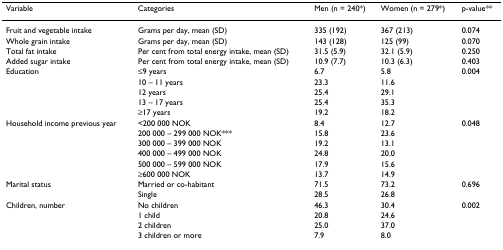
<table><thead><tr><td><b>Variable</b></td><td><b>Categories</b></td><td><b>Men (n = 240*)</b></td><td><b>Women (n = 279*)</b></td><td><b>p-value**</b></td></tr></thead><tbody><tr><td>Fruit and vegetable intake</td><td>Grams per day, mean (SD)</td><td>335 (192)</td><td>367 (213)</td><td>0.074</td></tr><tr><td>Whole grain intake</td><td>Grams per day, mean (SD)</td><td>143 (128)</td><td>125 (99)</td><td>0.070</td></tr><tr><td>Total fat intake</td><td>Per cent from total energy intake, mean (SD)</td><td>31.5 (5.9)</td><td>32.1 (5.9)</td><td>0.250</td></tr><tr><td>Added sugar intake</td><td>Per cent from total energy intake, mean (SD)</td><td>10.9 (7.7)</td><td>10.3 (6.3)</td><td>0.403</td></tr><tr><td>Education</td><td>≤9 years</td><td>6.7</td><td>5.8</td><td>0.004</td></tr><tr><td></td><td>10 – 11 years</td><td>23.3</td><td>11.6</td><td></td></tr><tr><td></td><td>12 years</td><td>25.4</td><td>29.1</td><td></td></tr><tr><td></td><td>13 – 17 years</td><td>25.4</td><td>35.3</td><td></td></tr><tr><td></td><td>≥17 years</td><td>19.2</td><td>18.2</td><td></td></tr><tr><td>Household income previous year</td><td>&lt;200 000 NOK</td><td>8.4</td><td>12.7</td><td>0.048</td></tr><tr><td></td><td>200 000 – 299 000 NOK***</td><td>15.8</td><td>23.6</td><td></td></tr><tr><td></td><td>300 000 – 399 000 NOK</td><td>19.2</td><td>13.1</td><td></td></tr><tr><td></td><td>400 000 – 499 000 NOK</td><td>24.8</td><td>20.0</td><td></td></tr><tr><td></td><td>500 000 – 599 000 NOK</td><td>17.9</td><td>15.6</td><td></td></tr><tr><td></td><td>≥600 000 NOK</td><td>13.7</td><td>14.9</td><td></td></tr><tr><td>Marital status</td><td>Married or co-habitant</td><td>71.5</td><td>73.2</td><td>0.696</td></tr><tr><td></td><td>Single</td><td>28.5</td><td>26.8</td><td></td></tr><tr><td>Children, number</td><td>No children</td><td>46.3</td><td>30.4</td><td>0.002</td></tr><tr><td></td><td>1 child</td><td>20.8</td><td>24.6</td><td></td></tr><tr><td></td><td>2 children</td><td>25.0</td><td>37.0</td><td></td></tr><tr><td></td><td>3 children or more</td><td>7.9</td><td>8.0</td><td></td></tr></tbody></table>